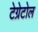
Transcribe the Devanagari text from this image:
टेग्रेटोल